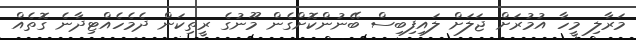
މަރާލި މީހާ އުމުރަށް ޖަލަށް ލައިފިބިސް ބޭނުންކޮށްގެން މޫނުގެ ރީތިކަން ދެމެހެއްޓިދާނެ ގޮތެއް